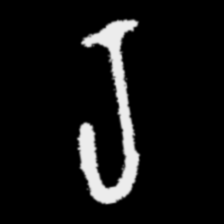
Pyu character \u2014 Myanmar letter: ရ (romanized: ra)